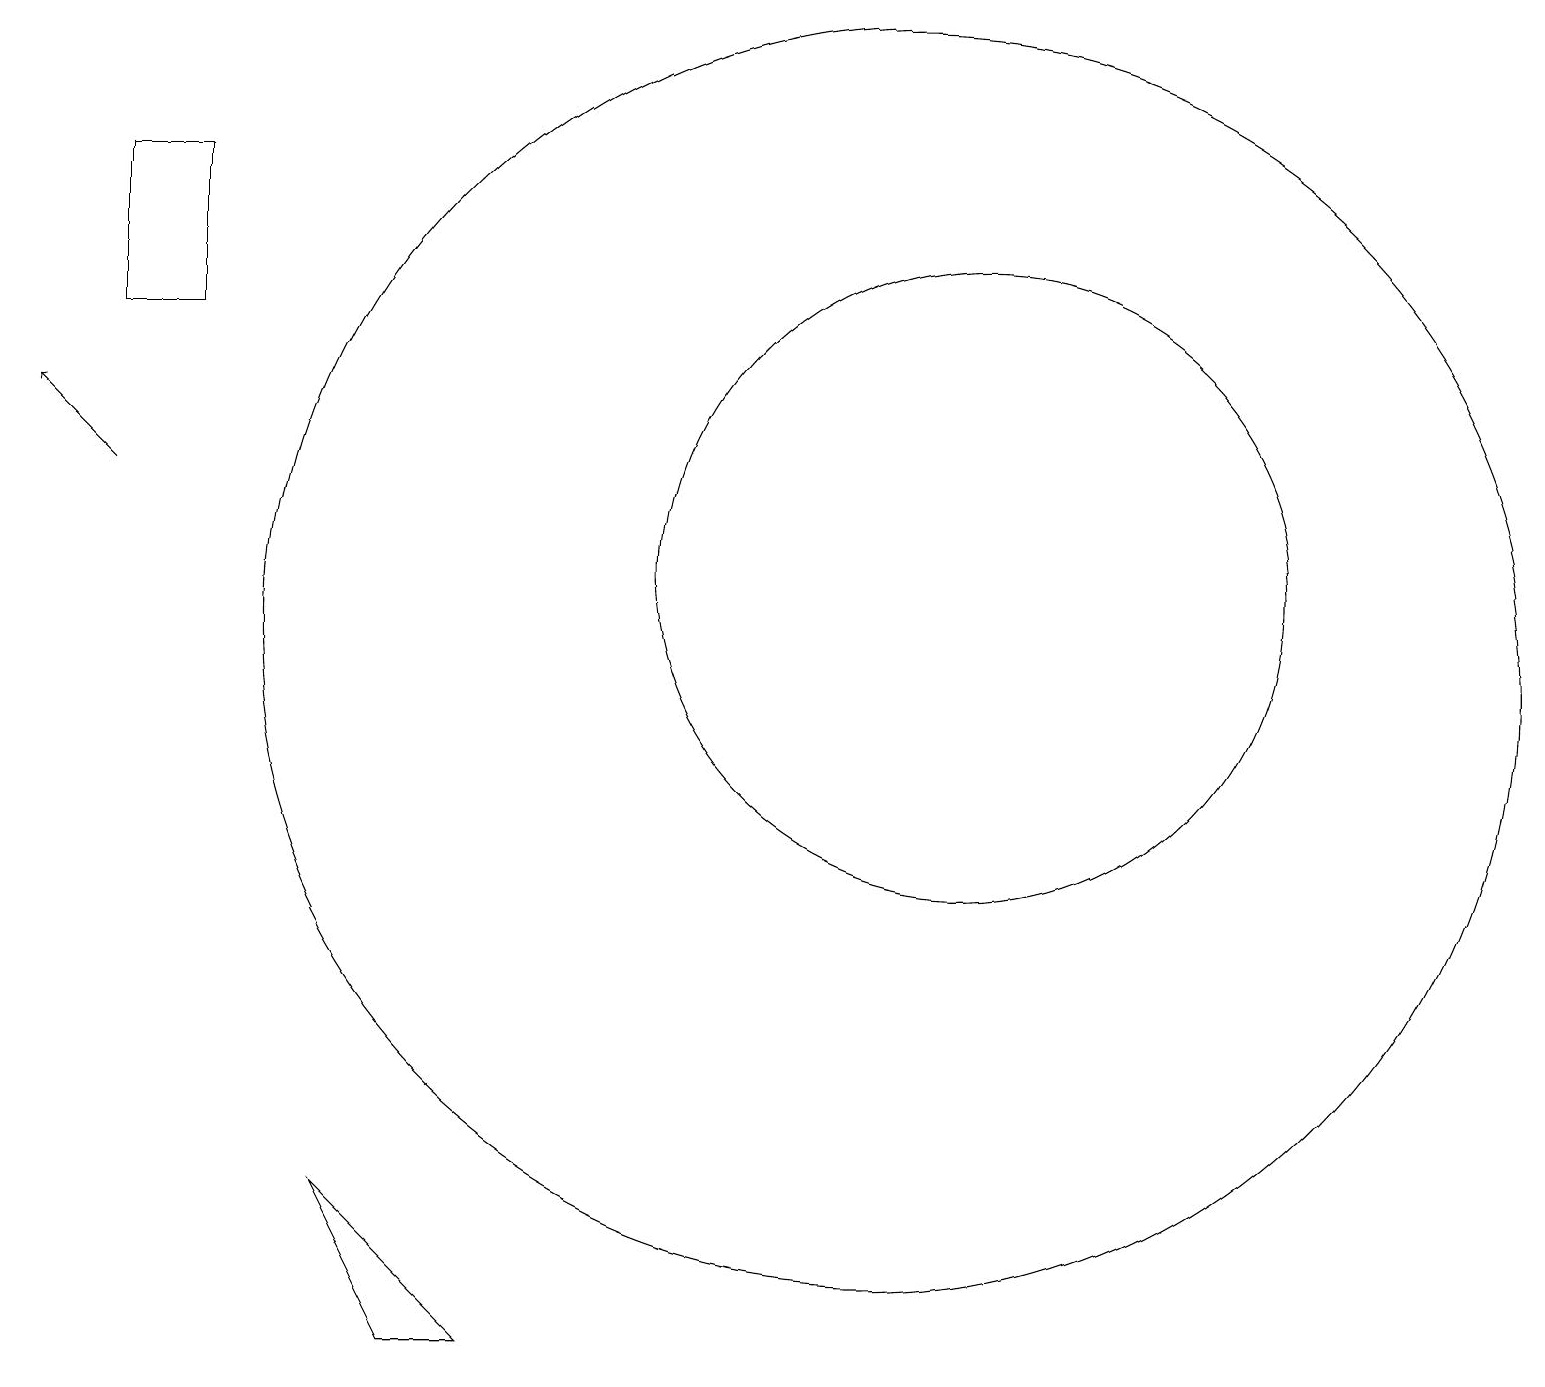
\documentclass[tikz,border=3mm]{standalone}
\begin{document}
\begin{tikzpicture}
\draw (11,10) circle (8);
\draw (1,14) rectangle (2,16);
\draw[->] (1,12) -- (0,13);
\draw (12,11) circle (4);
\draw (11,12) circle (0);
\draw (5,1) -- (6,1) -- (4,3) -- cycle;
\draw (12,11) circle (0);
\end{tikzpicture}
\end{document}